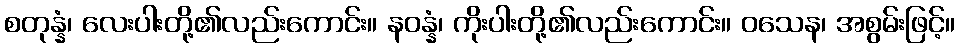
စတုန္နံ၊ လေးပါးတို့၏လည်းကောင်း။ နဝန္နံ၊ ကိုးပါးတို့၏လည်းကောင်း။ ဝသေန၊ အစွမ်းဖြင့်။